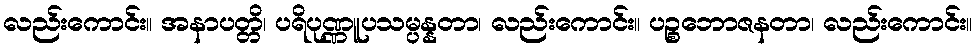
လည်းကောင်း။ အနာပတ္တိ၊ ပရိပုဏ္ဏူပသမ္ပန္နတာ၊ လည်းကောင်း။ ပဉ္စဘောဇနတာ၊ လည်းကောင်း။